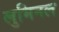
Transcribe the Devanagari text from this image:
लुमिनल